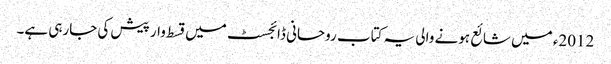
2012ء میں شائع ہونے والی یہ کتاب روحانی ڈائجسٹ میں قسط وار پیش کی جارہی ہے۔